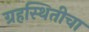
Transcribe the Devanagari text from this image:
ग्रहस्थितीचा